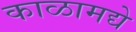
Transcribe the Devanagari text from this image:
काळामद्ये